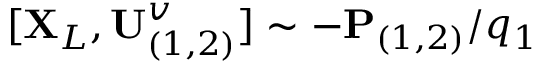
[ \mathbf { X } _ { L } , \mathbf { U } _ { ( 1 , 2 ) } ^ { v } ] \sim - \mathbf { P } _ { ( 1 , 2 ) } / q _ { 1 }